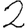
Digit: 2